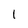
Character: I